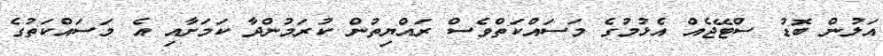
އަލުން ބޮޑު ސްޓޭޖެއް އެޅުމުގެ މަސައްކަތްވެސް ރައްޔިތުން ކުރަމުންދާ ކަމަށާއި އެ މަސައްކަތުގެ